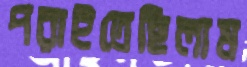
পরাইতেছিলাম